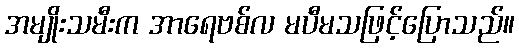
အမျိုးသမီးက အာရေဗစ်လ မပီမသဖြင့်ပြောသည်။